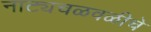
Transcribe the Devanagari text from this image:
नाट्यचळवळीचे